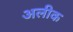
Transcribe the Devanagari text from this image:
अलीक